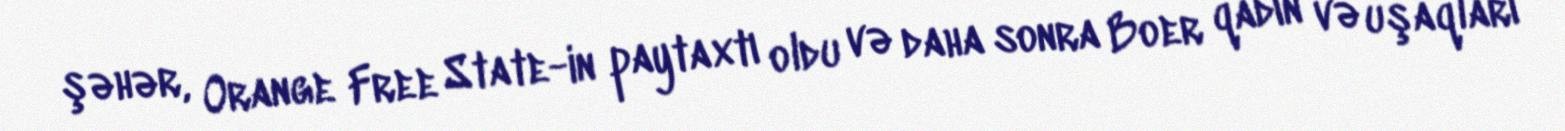
şəhər, Orange Free State-in paytaxtı oldu və daha sonra Boer qadın və uşaqları